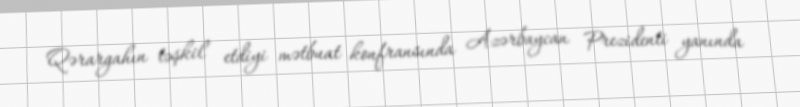
Qərargahın təşkil etdiyi mətbuat konfransında Azərbaycan Prezidenti yanında